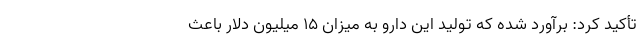
تأکید کرد: برآورد شده که تولید این دارو به میزان ۱۵ میلیون دلار باعث